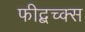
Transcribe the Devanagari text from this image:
फीद्बच्क्स